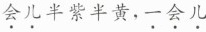
会儿半紫半黄，一会儿